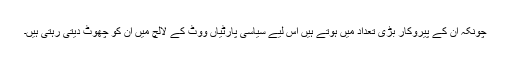
چونکہ ان کے پیروکار بڑی تعداد میں ہوتے ہیں اس لیے سیاسی پارٹیاں ووٹ کے لالچ میں ان کو چھوٹ دیتی رہتی ہیں۔